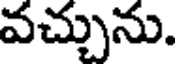
వచ్చును.